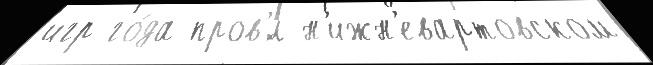
игр го́да пров'́л н'ижн'евартовском